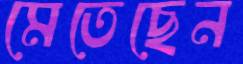
মেতেছেন